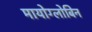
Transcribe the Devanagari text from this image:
मायोग्लोबिन